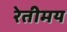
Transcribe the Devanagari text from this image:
रेतीमय